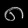
Digit: ၈